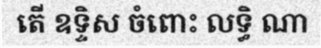
តើ ឧទ្ទិស ចំពោះ លទ្ធិ ណា